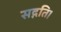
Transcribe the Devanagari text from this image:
सद्गति।